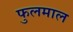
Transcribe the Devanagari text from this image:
फुलमाल